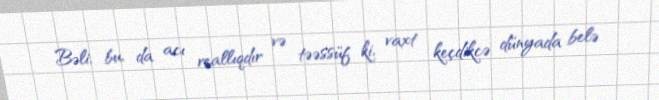
Bəli, bu, da acı reallıqdır və təəssüf ki, vaxt keçdikcə dünyada belə